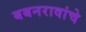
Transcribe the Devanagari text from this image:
बबनरावांचे